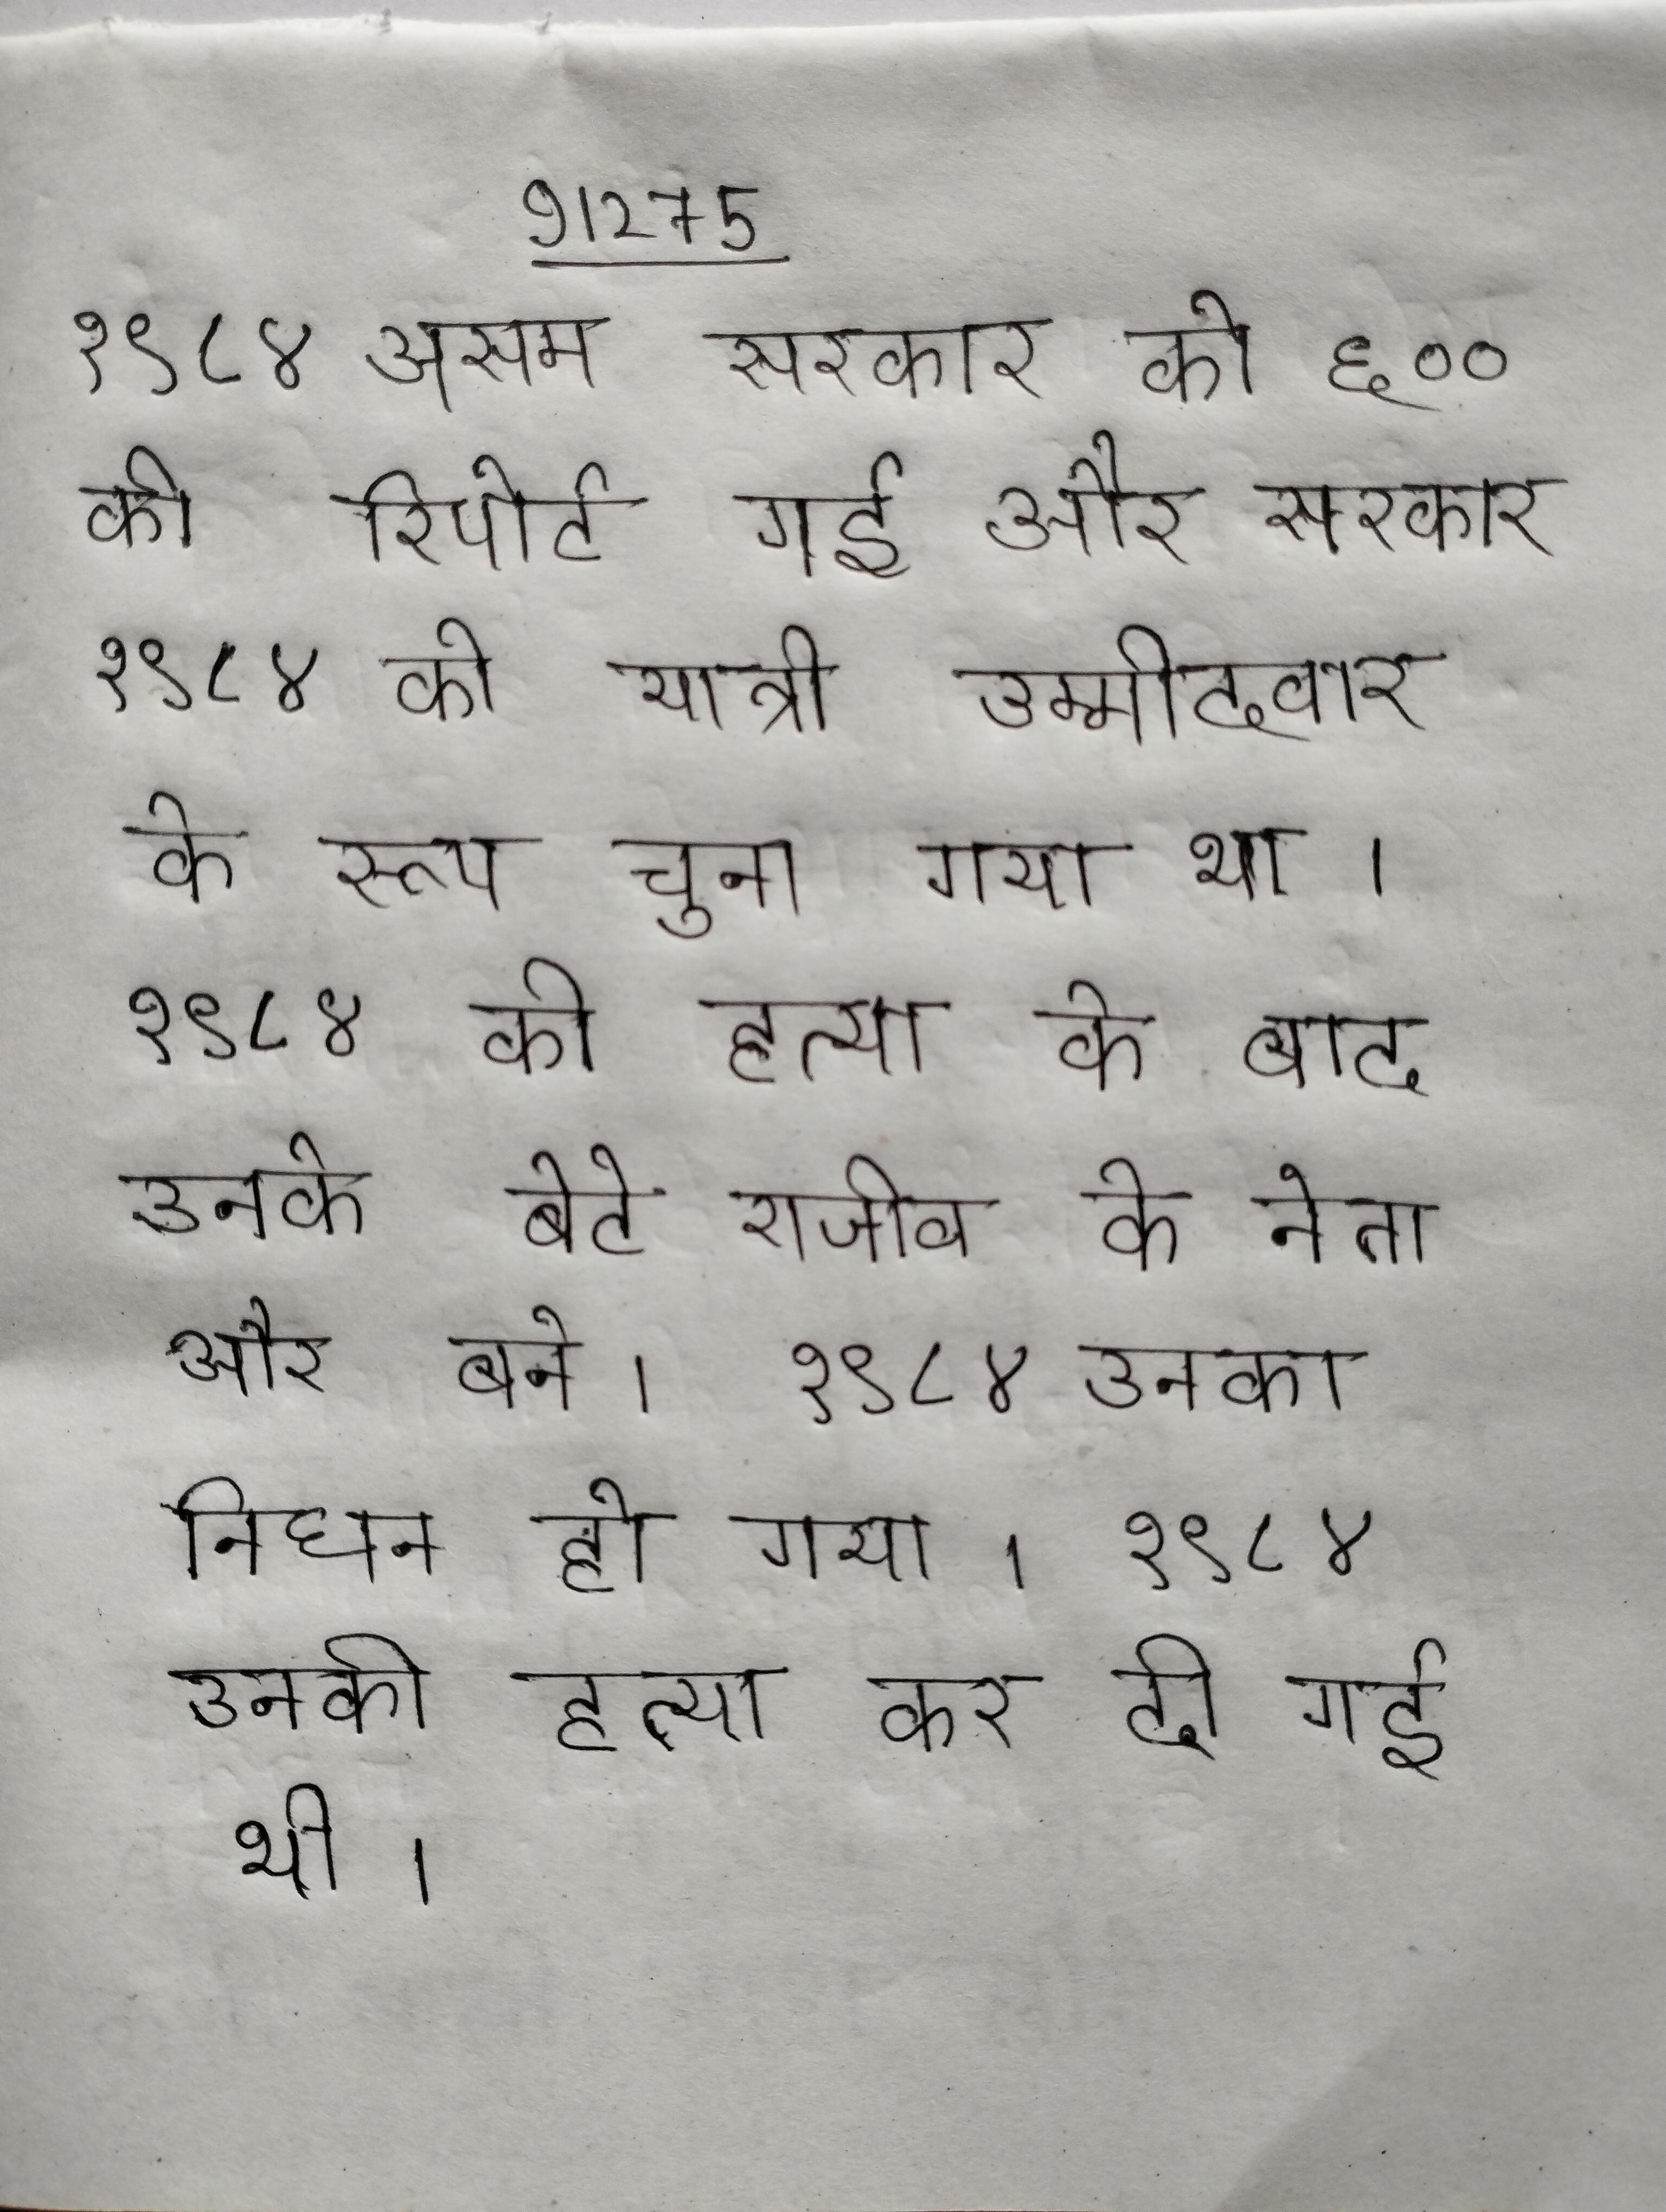
१९८४ असम सरकार को ६०० की रिपोर्ट गई और सरकार १९८४ को यात्री उम्मीदवार के रूप चुना गया था । १९८४ की हत्या के बाद उनके बेटे राजीव के नेता और बने । १९८४ उनका निधन हो गया । १९८४ उनकी हत्या कर दी गई थी ।